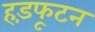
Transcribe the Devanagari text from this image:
हड़फूटन